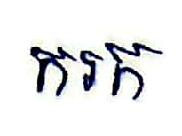
ករក